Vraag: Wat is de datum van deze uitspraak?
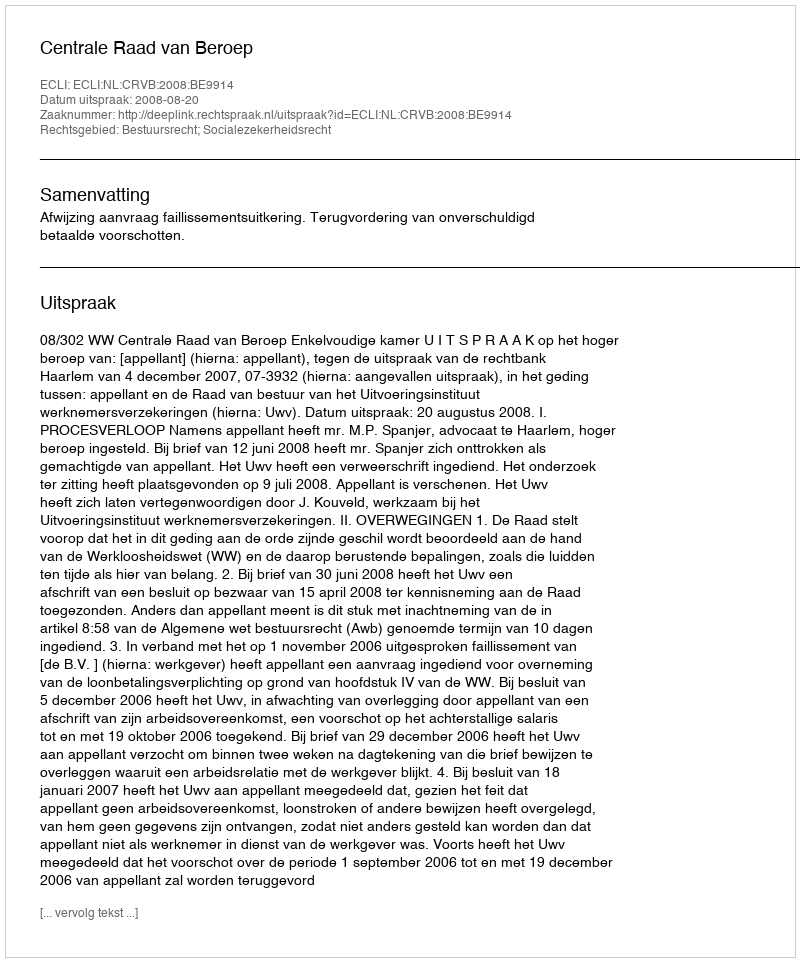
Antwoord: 2008-08-20